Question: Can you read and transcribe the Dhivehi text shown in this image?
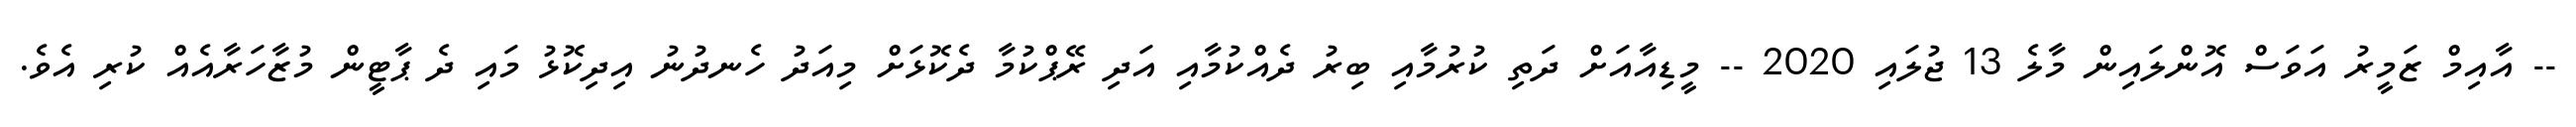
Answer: -- އާއިމް ޒަމީރު އަވަސް އޮންލައިން މާލެ 13 ޖުލައި 2020 -- މީޑިއާއަށް ދަތި ކުރުމާއި ބިރު ދެއްކުމާއި އަދި ރޭޕްކުމާ ދެކޮޅަށް މިއަދު ހެނދުނު އިދިކޮޅު މައި ދެ ޕާޓީން މުޒާހަރާއެއް ކުރި އެވެ.